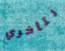
لتأخري